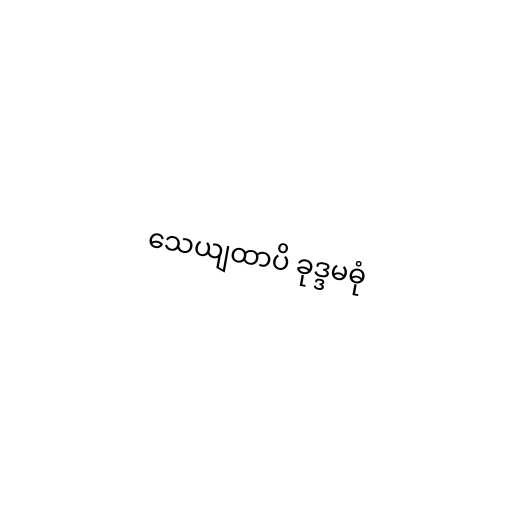
သေယျထာပိ ခုဒ္ဒမဓုံ